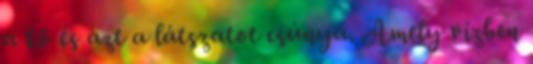
a kő és azt a látszatot csúnya. Amely vízben